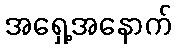
အရှေ့အနောက်